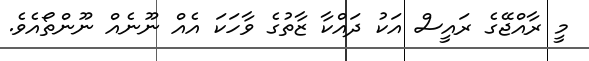
މީ ރާއްޖޭގެ ރައީސް އަކު ދައްކާ ޒާތުގެ ވާހަކަ އެއް ނޫނެއް ނޫންތޯއެވެ.